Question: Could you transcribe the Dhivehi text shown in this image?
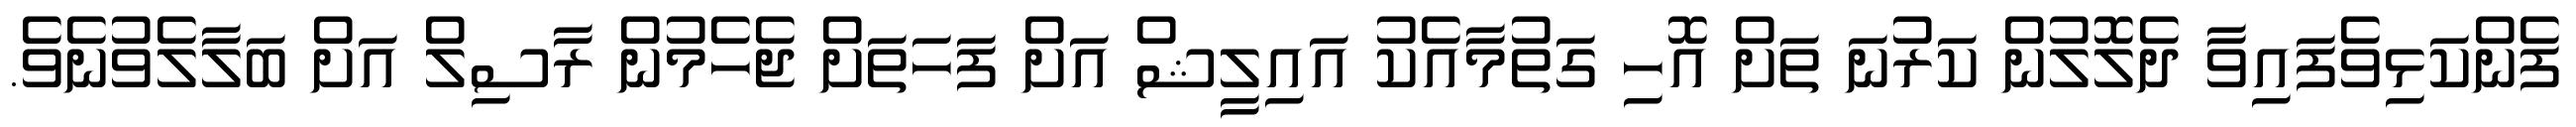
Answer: ފެންކަޅިވެފައިވާ ދެލޮލުން ކަރުނަ ތަށް އޮހި ގަތުމާއެކު އައިލީޝް އަށް ފަހަތަށް ޖެހެމުން ރާސިލް އަށް ބަލާލެވުނެވެ.